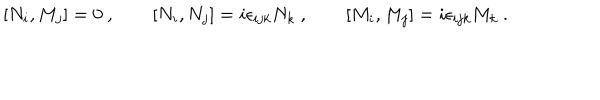
[ N _ { i } , M _ { j } ] = 0 \ , \qquad [ N _ { i } , N _ { j } ] = i \epsilon _ { i j k } N _ { k } \ , \qquad [ M _ { i } , M _ { j } ] = i \epsilon _ { i j k } M _ { k } \ .